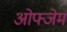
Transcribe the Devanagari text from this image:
ओफ्जेम